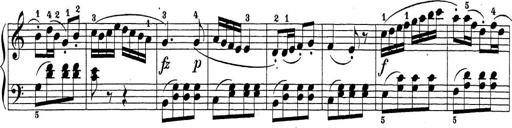
Title: Sonatina Album
Composer: Louis KÃ¶hler